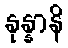
နုန္နာနိ